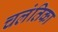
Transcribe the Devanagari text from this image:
चलंतिका